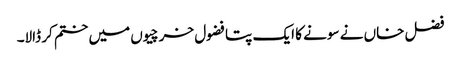
فضل خاں نے سونے کا ایک پتا فضول خرچیوں میں ختم کر ڈالا۔